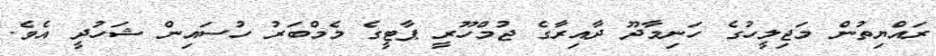
ރައްޔިތުން މަޖިލީހުގެ ހަނިމާދޫ ދާއިރާގެ ޖުމްހޫރީ ޕާޓީގެ މެމްބަރު ހުސައިން ޝަހުދީ އެވެ.